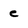
Character: e